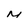
Character: M